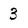
Character: 3